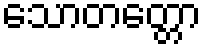
သောတတ္တော